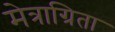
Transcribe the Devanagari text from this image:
मेत्राग्रिता